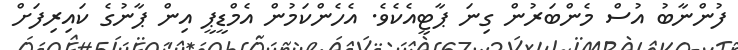
ފުންނާބު އުސް މެންބަރުން ގިނަ ޕާޓީއެކެވެ. އެހެންކަމުން އެމްޑީޕީ އިން ޕާނުގެ ކައިރިފަށް